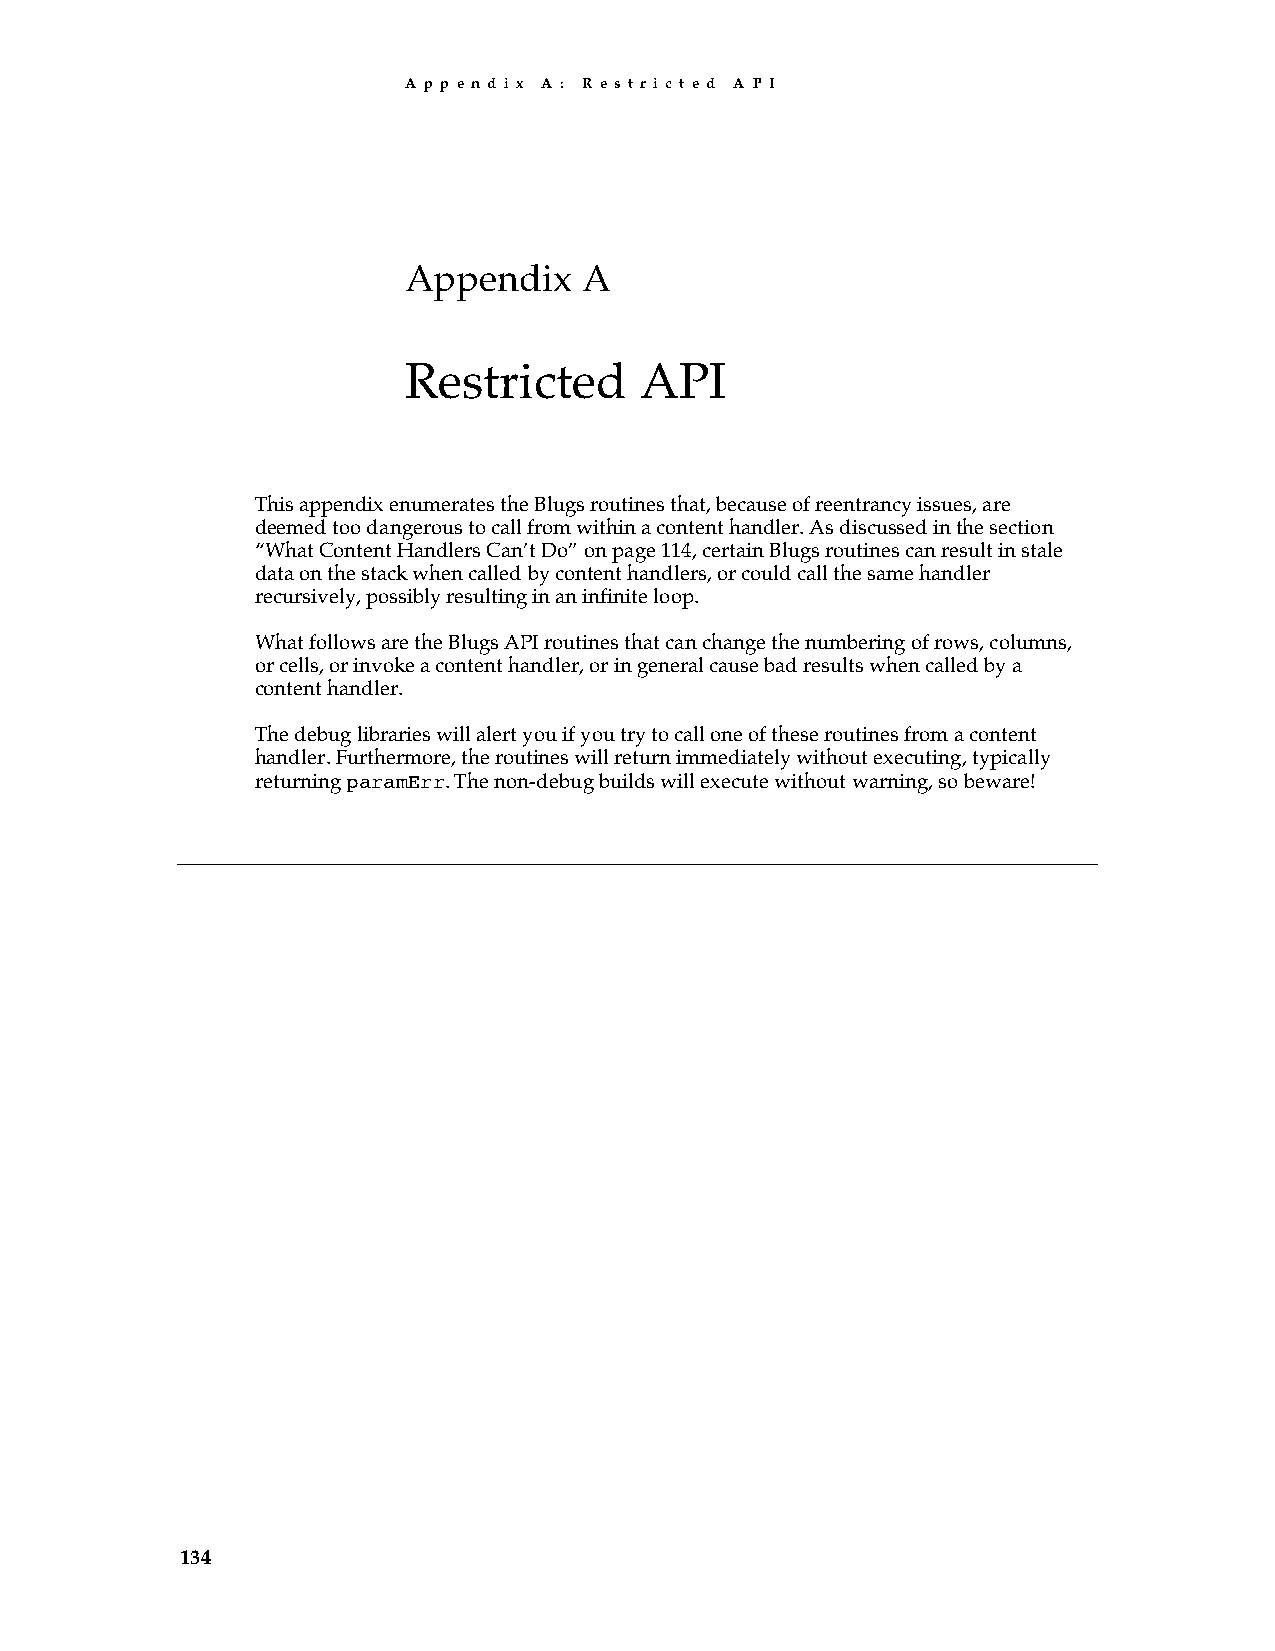
A p p e n d i x A : R e s t r i c t e d A P I
 Appendix    A
 Restricted     API
 This appendix enumerates the Blugs routines that, because of reentrancy issues, are
 deemed too dangerous to call from within a content handler. As discussed in the section
 “What Content Handlers Can’t Do” on page 114, certain Blugs routines can result in stale
 data on the stack when called by content handlers, or could call the same handler
 recursively, possibly resulting in an infinite loop.
 What follows are the Blugs API routines that can change the numbering of rows, columns,
 or cells, or invoke a content handler, or in general cause bad results when called by a
 content handler.
 The debug libraries will alert you if you try to call one of these routines from a content
 handler. Furthermore, the routines will return immediately without executing, typically
 returning paramErr. The non-debug builds will execute without warning, so beware!
 134